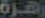
زهرة